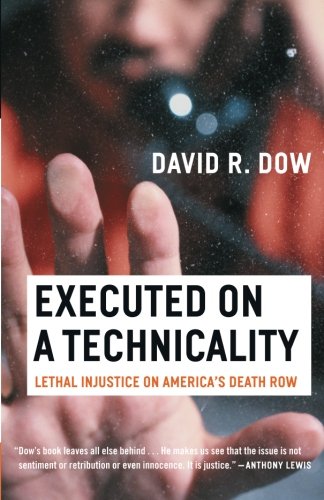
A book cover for Executed on a Technicality: Lethal Injustice on America's Death Row; David Dow; Law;